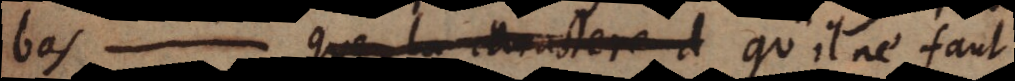
bas. qu’il ne faut